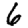
Digit: 6